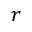
r